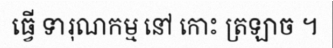
ធ្វើ ទារុណកម្ម នៅ កោះ ត្រឡាច ។